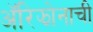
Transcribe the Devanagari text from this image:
अॅरिझोनाची